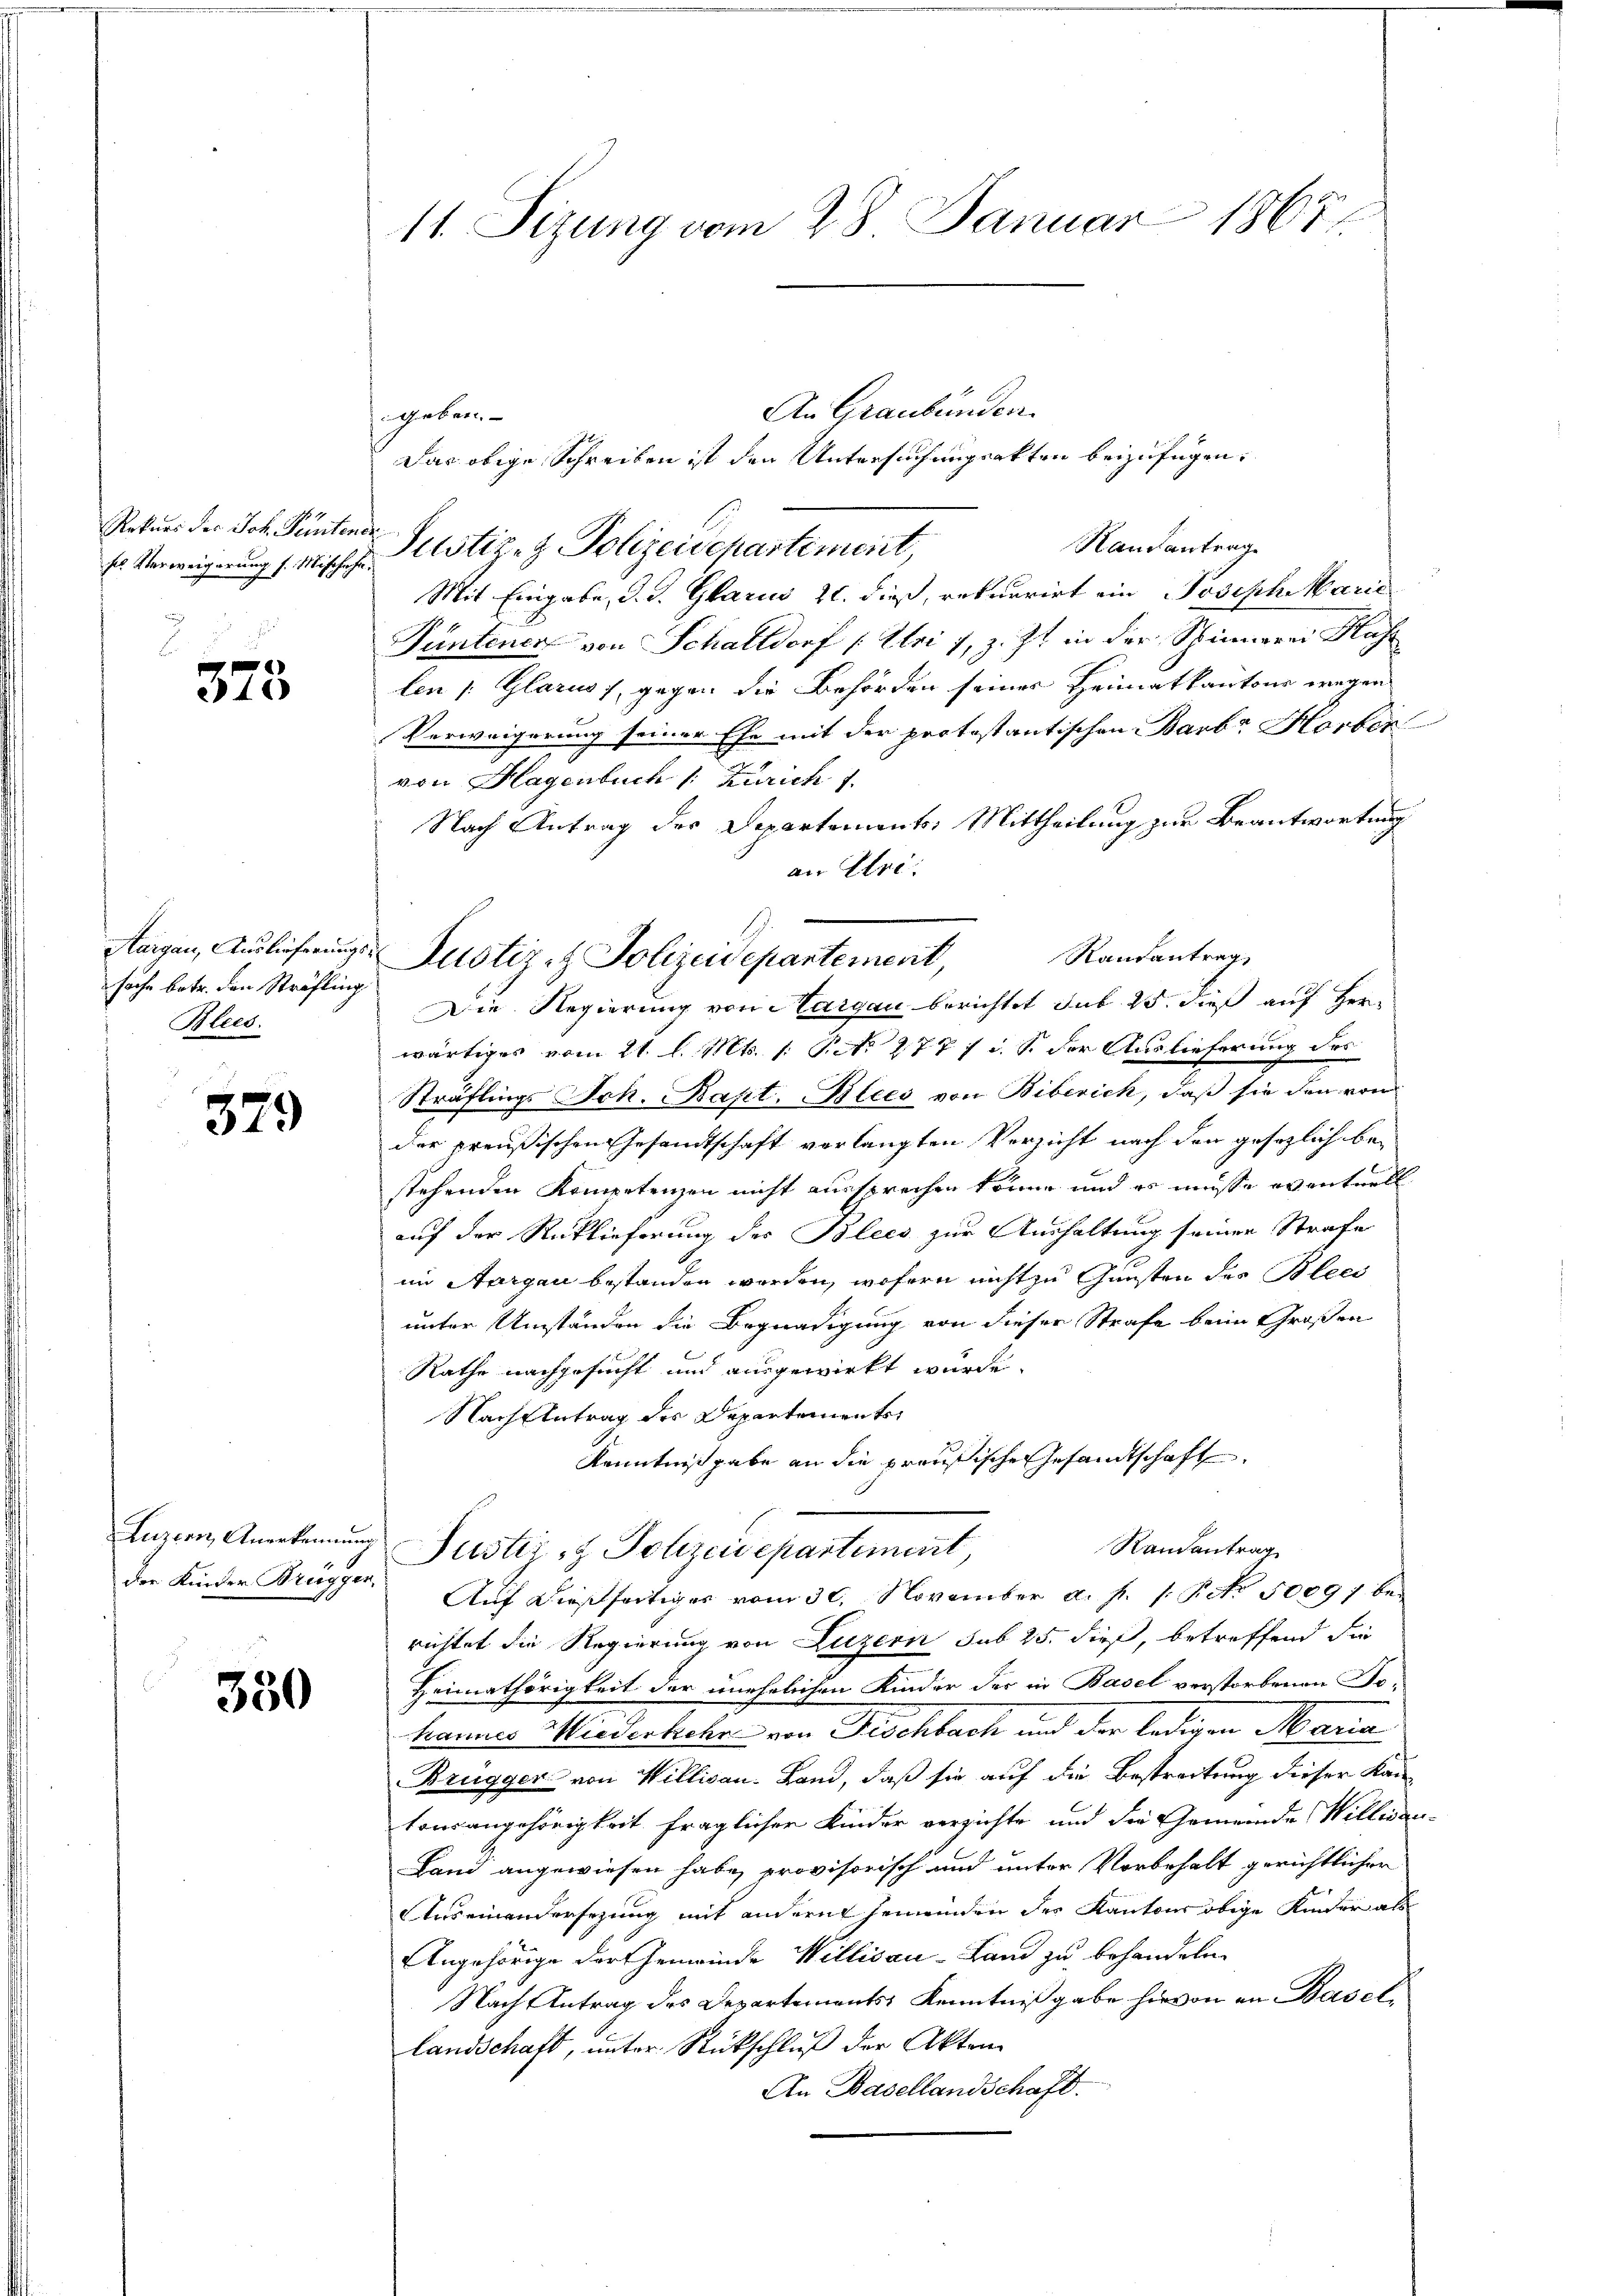
1
Rekurs des Joh. Sentene
ses Verweigerung s. Mischehe
d

375

Aargau, Auslieferungs
sache betr. den Sträfling
Blees.

379

Luzern, Anerkennung
der Kinder Brüggen,

350

11. Sizung vom 28. Januar 1867

geben.

Justiz- & Polizeidepartement,
Die Regierung von Aargau berichtet sub 25. dieß auf Her¬

An Graubünden.
Das obige Schreiben ist den Untersuchungsakten beizufügen:
Nautantrag
Justiz- & Polizeidepartement,
Mit Eingabe, d. J. Glarus 21. dieß, rekurrirt ein Joseph Marie
Püntener von Schaltdorf (Uri), z. Zt. in der Spinnerei Haf
len (Glarus, gegen die Behörden seines Heimatkantons wegen
Verweigerung seiner Ehe mit der protestantischen Barba Horber
von Hagenbuch /: Zürich 1.
Nach Antrag des Separtements: Mittheilung zur Beantwortung
an Uri.
Rautantrag
wärtiges vom 21. l. Mts. 1. P. N. 277 u. s. der Auslieferung des
Sträflings Joh. Bapt. Blees von Biberich, daß sie den von
der preußischen Gesandtschaft vorlangten Verzicht nach den gesezlich bestehenden Kompetenzen nicht aussprechen könne und es müsse eventuell
auf der Rücklieferung des Blees zur Aushaltung seiner Strafe
im Aargau bestanden worden, wofern nicht zu Gunsten des Blec
unter Umständen die Begnadigung von dieser Strafe beim Großen
Rathe nachgesucht und ausgewirkt wurde.
Nach Antrag des Departemente
Kenntniß gabe an die preußische Gesandtschaft
Randantrag
Justiz- & Polizeidepartement,
Aŭf dießseitiger vom 30. November a. p. 1. P. Nr. 5009; be-
richtet die Regierung von Luzern sub 25. dieß, betreffend die
Heimathörigkeit der unehelichen Kinder der in Basel verstorbenen Tohannes Wiederkehr von Fischbach und der ledigen Maria
Brugger von Willican. Land, daß sie auf die Bestreitung dieser Kantonsangehörigkeit fraglicher Kinder verzichte und die Gemeinde Willisau-
Land angewiesen habe, provisorisch und unter Vorbehalt gerichtlichen
Auseinandersezung mit andern Gemeinden der Kantons obige Kinder als
Angehörige dort gemeinde Willisau-Land zu behandeln.
Nach Antrag des Departements, Kenntnißgabe hievon an Basel,
landschaft, unter Rückschluß der Akten
An Basellandschaft.